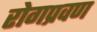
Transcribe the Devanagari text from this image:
रोगप्रवण